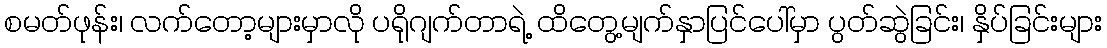
စမတ်ဖုန်း၊ လက်တော့များမှာလို ပရိုဂျက်တာရဲ့ ထိတွေ့မျက်နှာပြင်ပေါ်မှာ ပွတ်ဆွဲခြင်း၊ နှိပ်ခြင်းများ